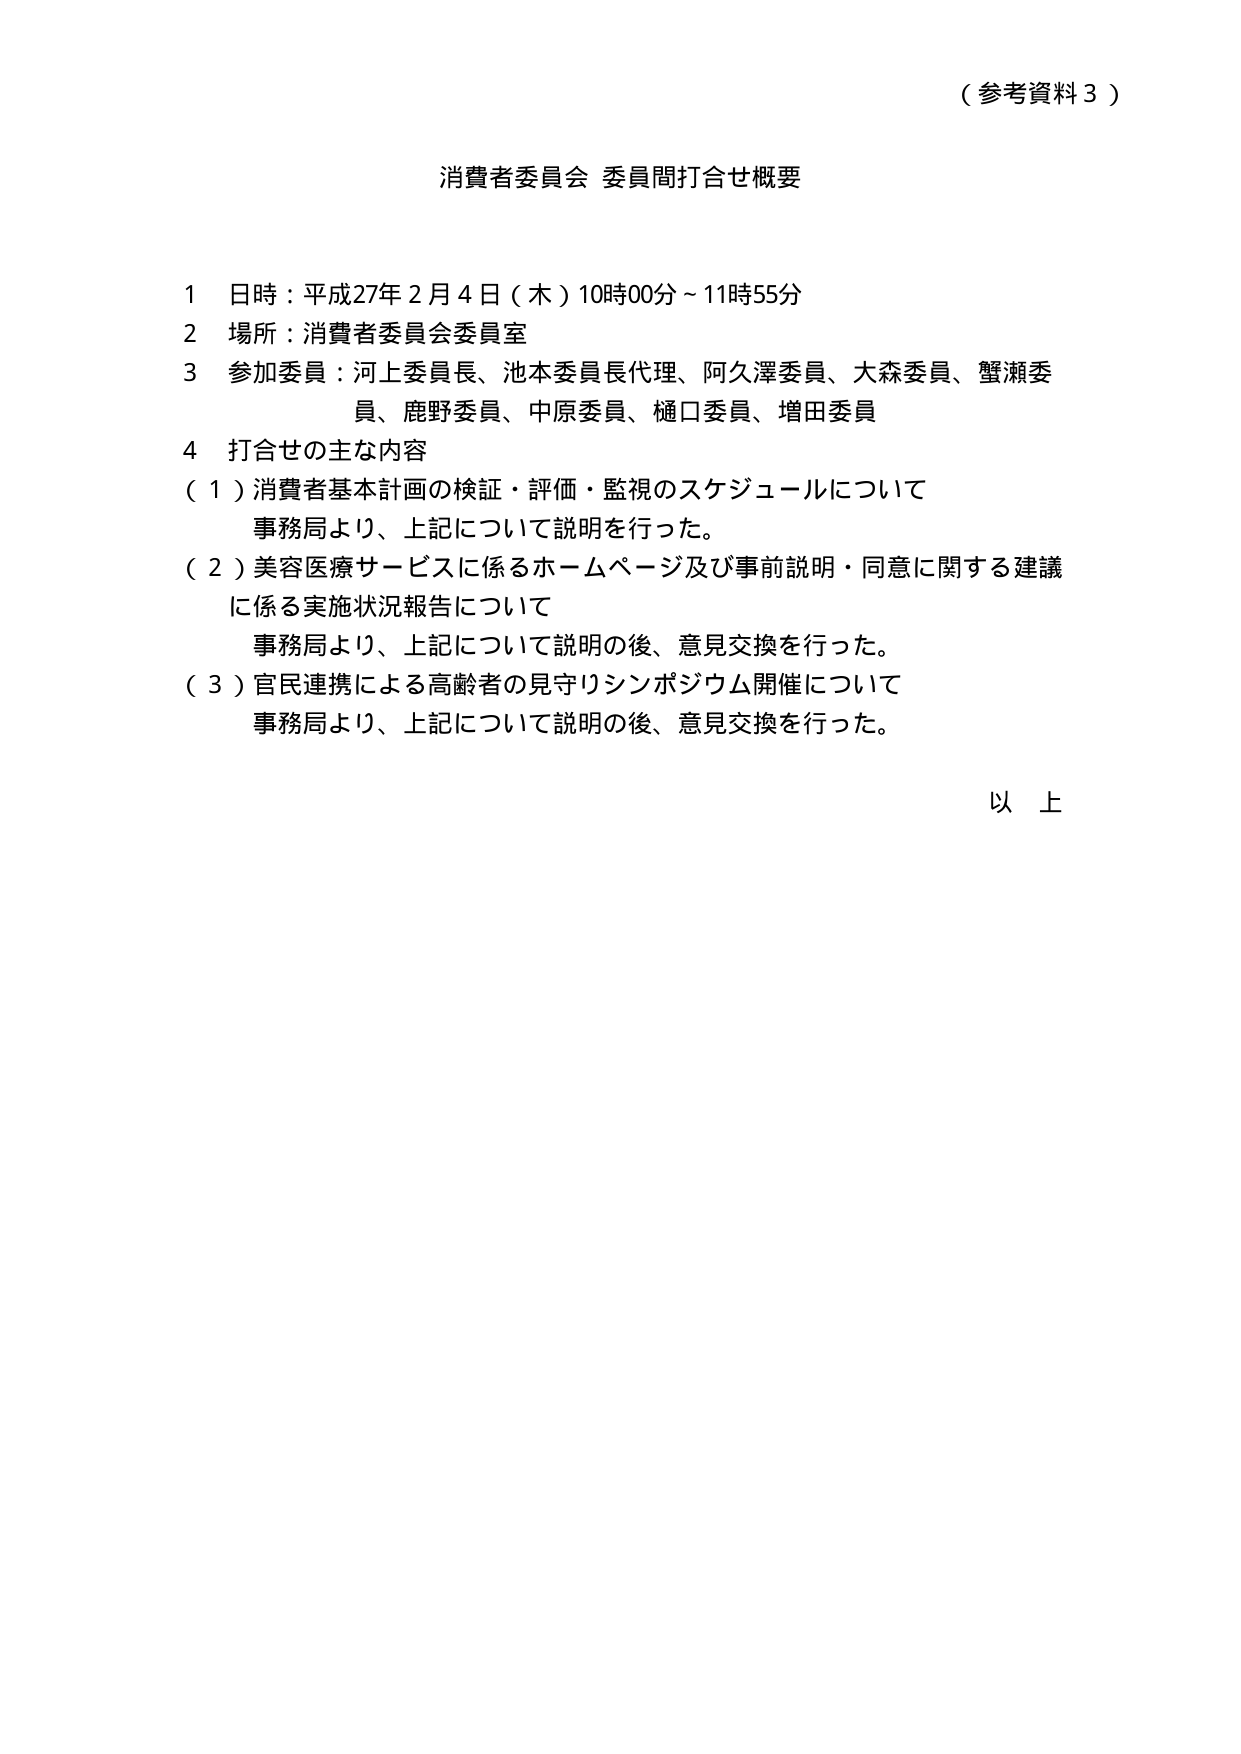
（参考資料３）

消費者委員会 委員間打合せ概要

１ 日時：平成27年２月４日（木）10時00分～11時55分
２ 場所：消費者委員会委員室
３ 参加委員：河上委員長、池本委員長代理、阿久澤委員、大森委員、蟹瀬委員、鹿野委員、中原委員、樋口委員、増田委員
４ 打合せの主な内容
（１）消費者基本計画の検証・評価・監視のスケジュールについて
　事務局より、上記について説明を行った。
（２）美容医療サービスに係るホームページ及び事前説明・同意に関する建議に係る実施状況報告について
　事務局より、上記について説明の後、意見交換を行った。
（３）官民連携による高齢者の見守りシンポジウム開催について
　事務局より、上記について説明の後、意見交換を行った。

以上